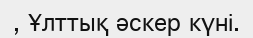
, Ұлттық әскер күні.